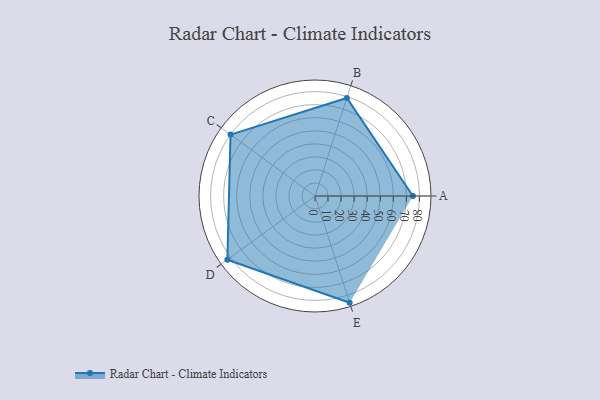
{"axis": {"x": "Skill", "y": "Score"}, "legend": ["Profile"], "data": [{"x": "A", "y": 75.0, "type": "Profile"}, {"x": "B", "y": 79.0, "type": "Profile"}, {"x": "C", "y": 80.0, "type": "Profile"}, {"x": "D", "y": 83.0, "type": "Profile"}, {"x": "E", "y": 86.0, "type": "Profile"}]}